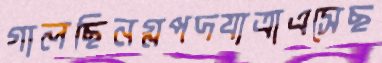
গালছিনগ্নপদযাত্রাএসেছ